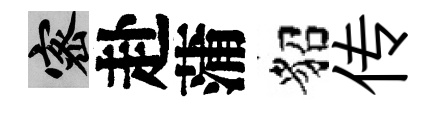
密赴蒲貂传